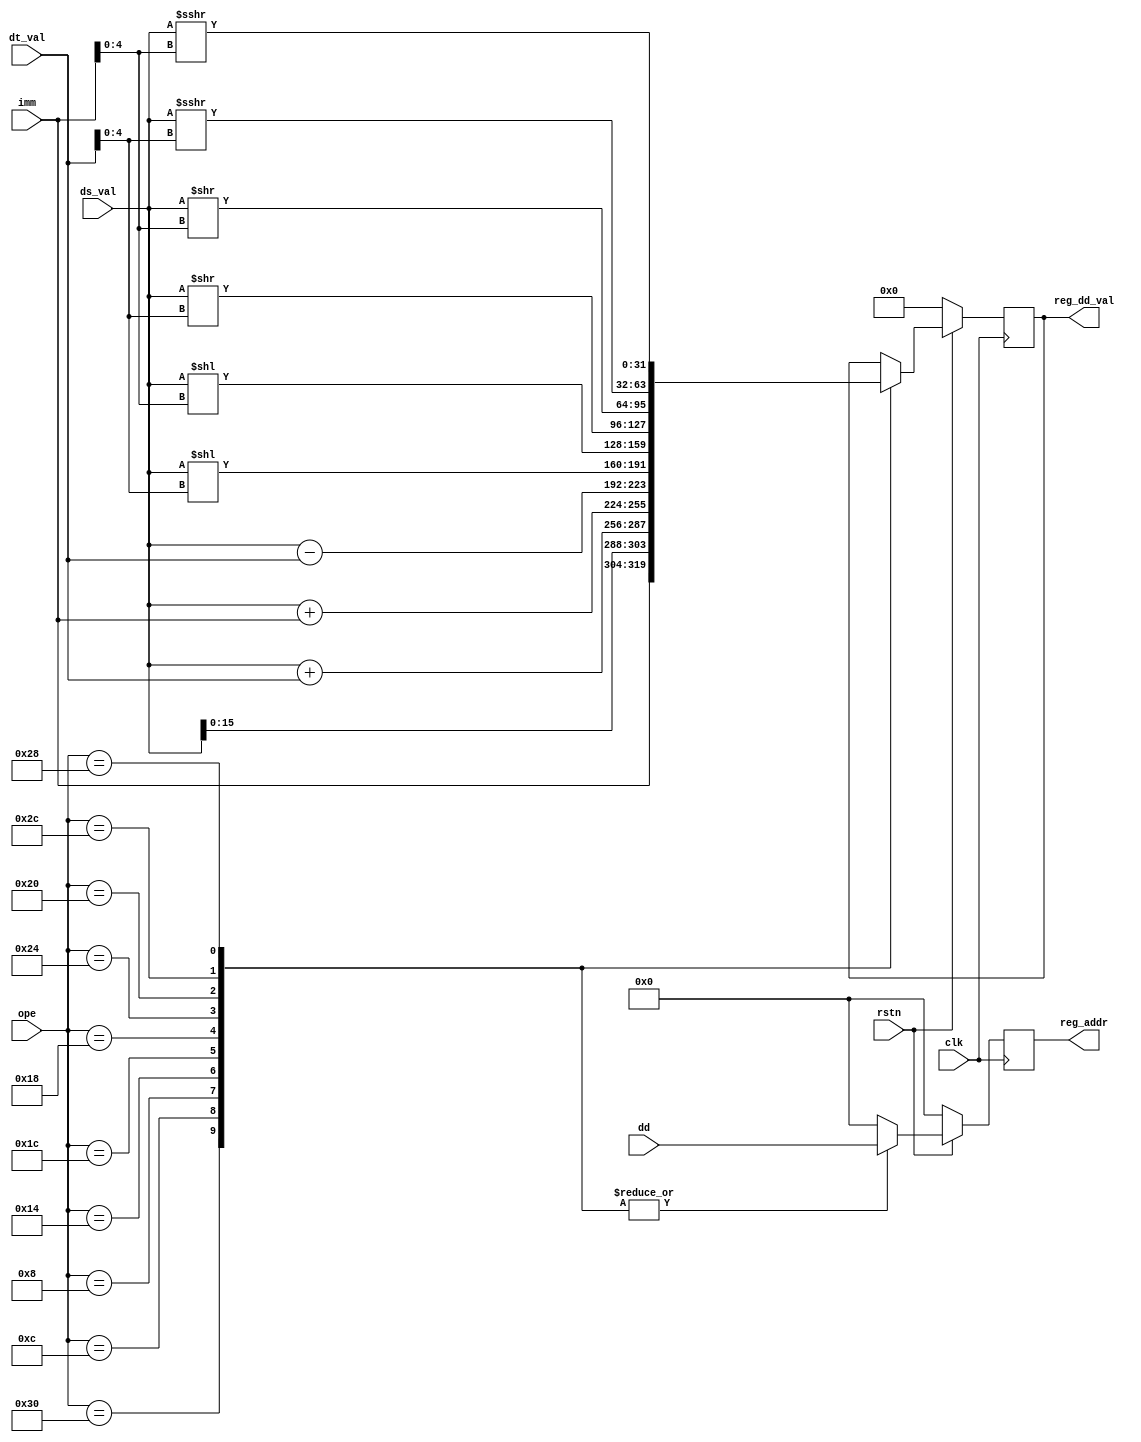
module alu2(
	input wire clk,
	input wire rstn,
	input wire [5:0] ope,
	input wire [31:0] ds_val,
	input wire [31:0] dt_val,
	input wire [5:0] dd,
	input wire [15:0] imm,
	output reg [5:0] reg_addr,
	output reg [31:0] reg_dd_val
	);

	always @(posedge clk) begin
		if(~rstn) begin
			reg_addr <= 0;
			reg_dd_val <= 0;
		end else begin
			case (ope)
				6'b110000: // LUI
					begin
						reg_addr <= dd;
						reg_dd_val <= {imm,ds_val[15:0]};
					end
				6'b001100: //ADD
					begin
						reg_addr <= dd;
						reg_dd_val <= $signed(ds_val) + $signed(dt_val);
					end
				6'b001000: //ADDI
					begin
						reg_addr <= dd;
						reg_dd_val <= $signed(ds_val) + $signed(imm);
					end
				6'b010100: //SUB
					begin
						reg_addr <= dd;
						reg_dd_val <= $signed(ds_val) - $signed(dt_val);
					end
				6'b011100: // SLL
					begin
						reg_addr <= dd;
						reg_dd_val <= ds_val << dt_val[4:0];
					end
				6'b011000: //SLLI
					begin
						reg_addr <= dd;
						reg_dd_val <= ds_val << imm[4:0];
					end
				6'b100100: //SRL
					begin
						reg_addr <= dd;
						reg_dd_val <= ds_val >> dt_val[4:0];
					end
				6'b100000: //SRLI
					begin
						reg_addr <= dd;
						reg_dd_val <= ds_val >> imm[4:0];
					end
				6'b101100: //SRA
					begin
						reg_addr <= dd;
						reg_dd_val <= ds_val >>> dt_val[4:0];
					end
				6'b101000: //SRAI
					begin
						reg_addr <= dd;
						reg_dd_val <= ds_val >>> imm[4:0];
					end
				default:
					begin
						reg_addr <= 0;
					end
			endcase
		end
	end
endmodule